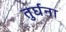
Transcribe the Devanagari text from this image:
तुर्घना